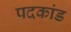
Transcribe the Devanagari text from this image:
पदकांड